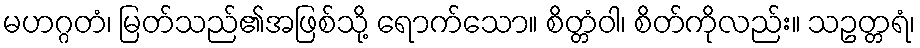
မဟဂ္ဂတံ၊ မြတ်သည်၏အဖြစ်သို့ ရောက်သော။ စိတ္တံဝါ၊ စိတ်ကိုလည်း။ သဥတ္တရံ၊